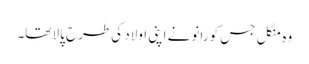
وہ منگل جس کو رانو نے اپنی اولاد کی طرح پالا تھا۔